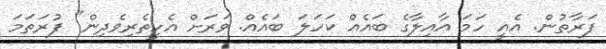
ފަރާތުން. އެއީ ހަމަ އާއިލާގެ ބައެއް ކަހަލަ ބައެއް. ވަރަށް އެހީތެރިވެދިން" ފުރަތަމަ